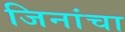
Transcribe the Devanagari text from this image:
जिनांचा